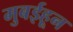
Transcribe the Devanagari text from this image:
मुबईहून